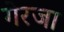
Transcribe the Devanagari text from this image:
गेरजा